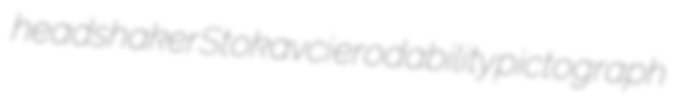
headshaker Stokavci erodability pictograph